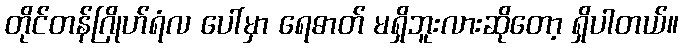
တိုင်တန်ဂြိုဟ်ရံလ ပေါ်မှာ ရေဓာတ် မရှိဘူးလားဆိုတော့ ရှိပါတယ်။